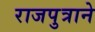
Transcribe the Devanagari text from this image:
राजपुत्राने